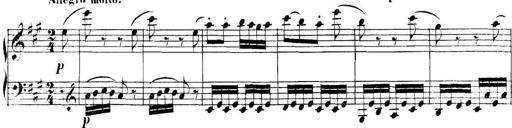
Title: Collected Piano Sonatas
Composer: Muzio Clementi